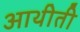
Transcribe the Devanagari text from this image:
आथीती